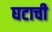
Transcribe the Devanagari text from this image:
घटाची